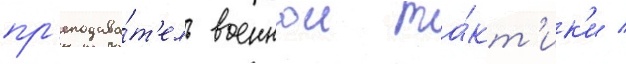
пр'еподава́т'ель военнои та́кт'ик'и /